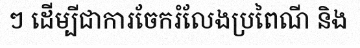
ៗ ដើម្បីជាការចែករំលែងប្រពៃណី និង